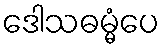
ဒေါသဓမ္မံပေ